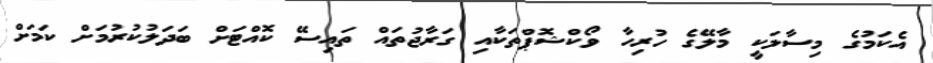
އެކަމުގެ މިސާލަކީ މާލޭގެ ހުރިހާ ވޯކްޝޮޕްތަކާއި ގަރާޖުތައް ތައިސޭ ކޮއްޓަށް ބަދަލުކުރުމަށް ކަމަށް